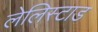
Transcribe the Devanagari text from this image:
लेलिस्टाड